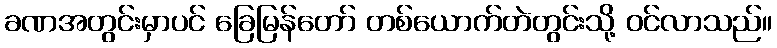
ခဏအတွင်းမှာပင် ခြေမြန်တော် တစ်ယောက်တဲတွင်းသို့ ဝင်လာသည်။